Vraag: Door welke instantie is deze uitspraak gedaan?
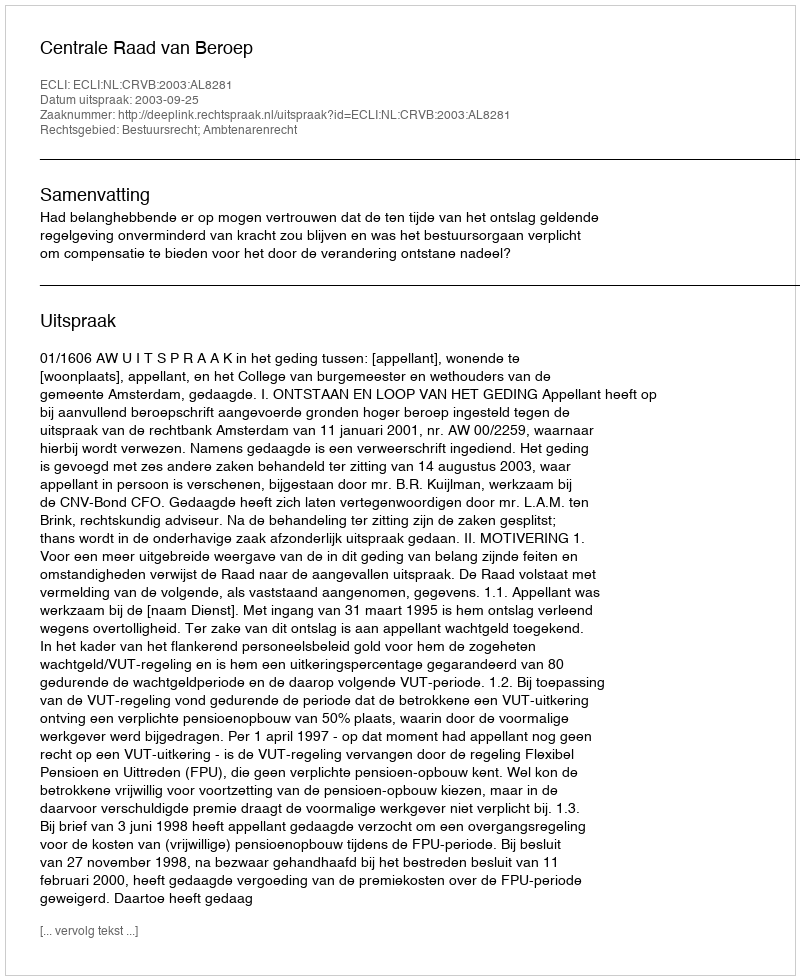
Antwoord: Centrale Raad van Beroep